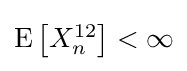
{\textstyle \operatorname {E} \left[X_{n}^{12}\right]<\infty }